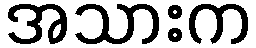
အသားက